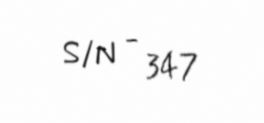
S/N - 347